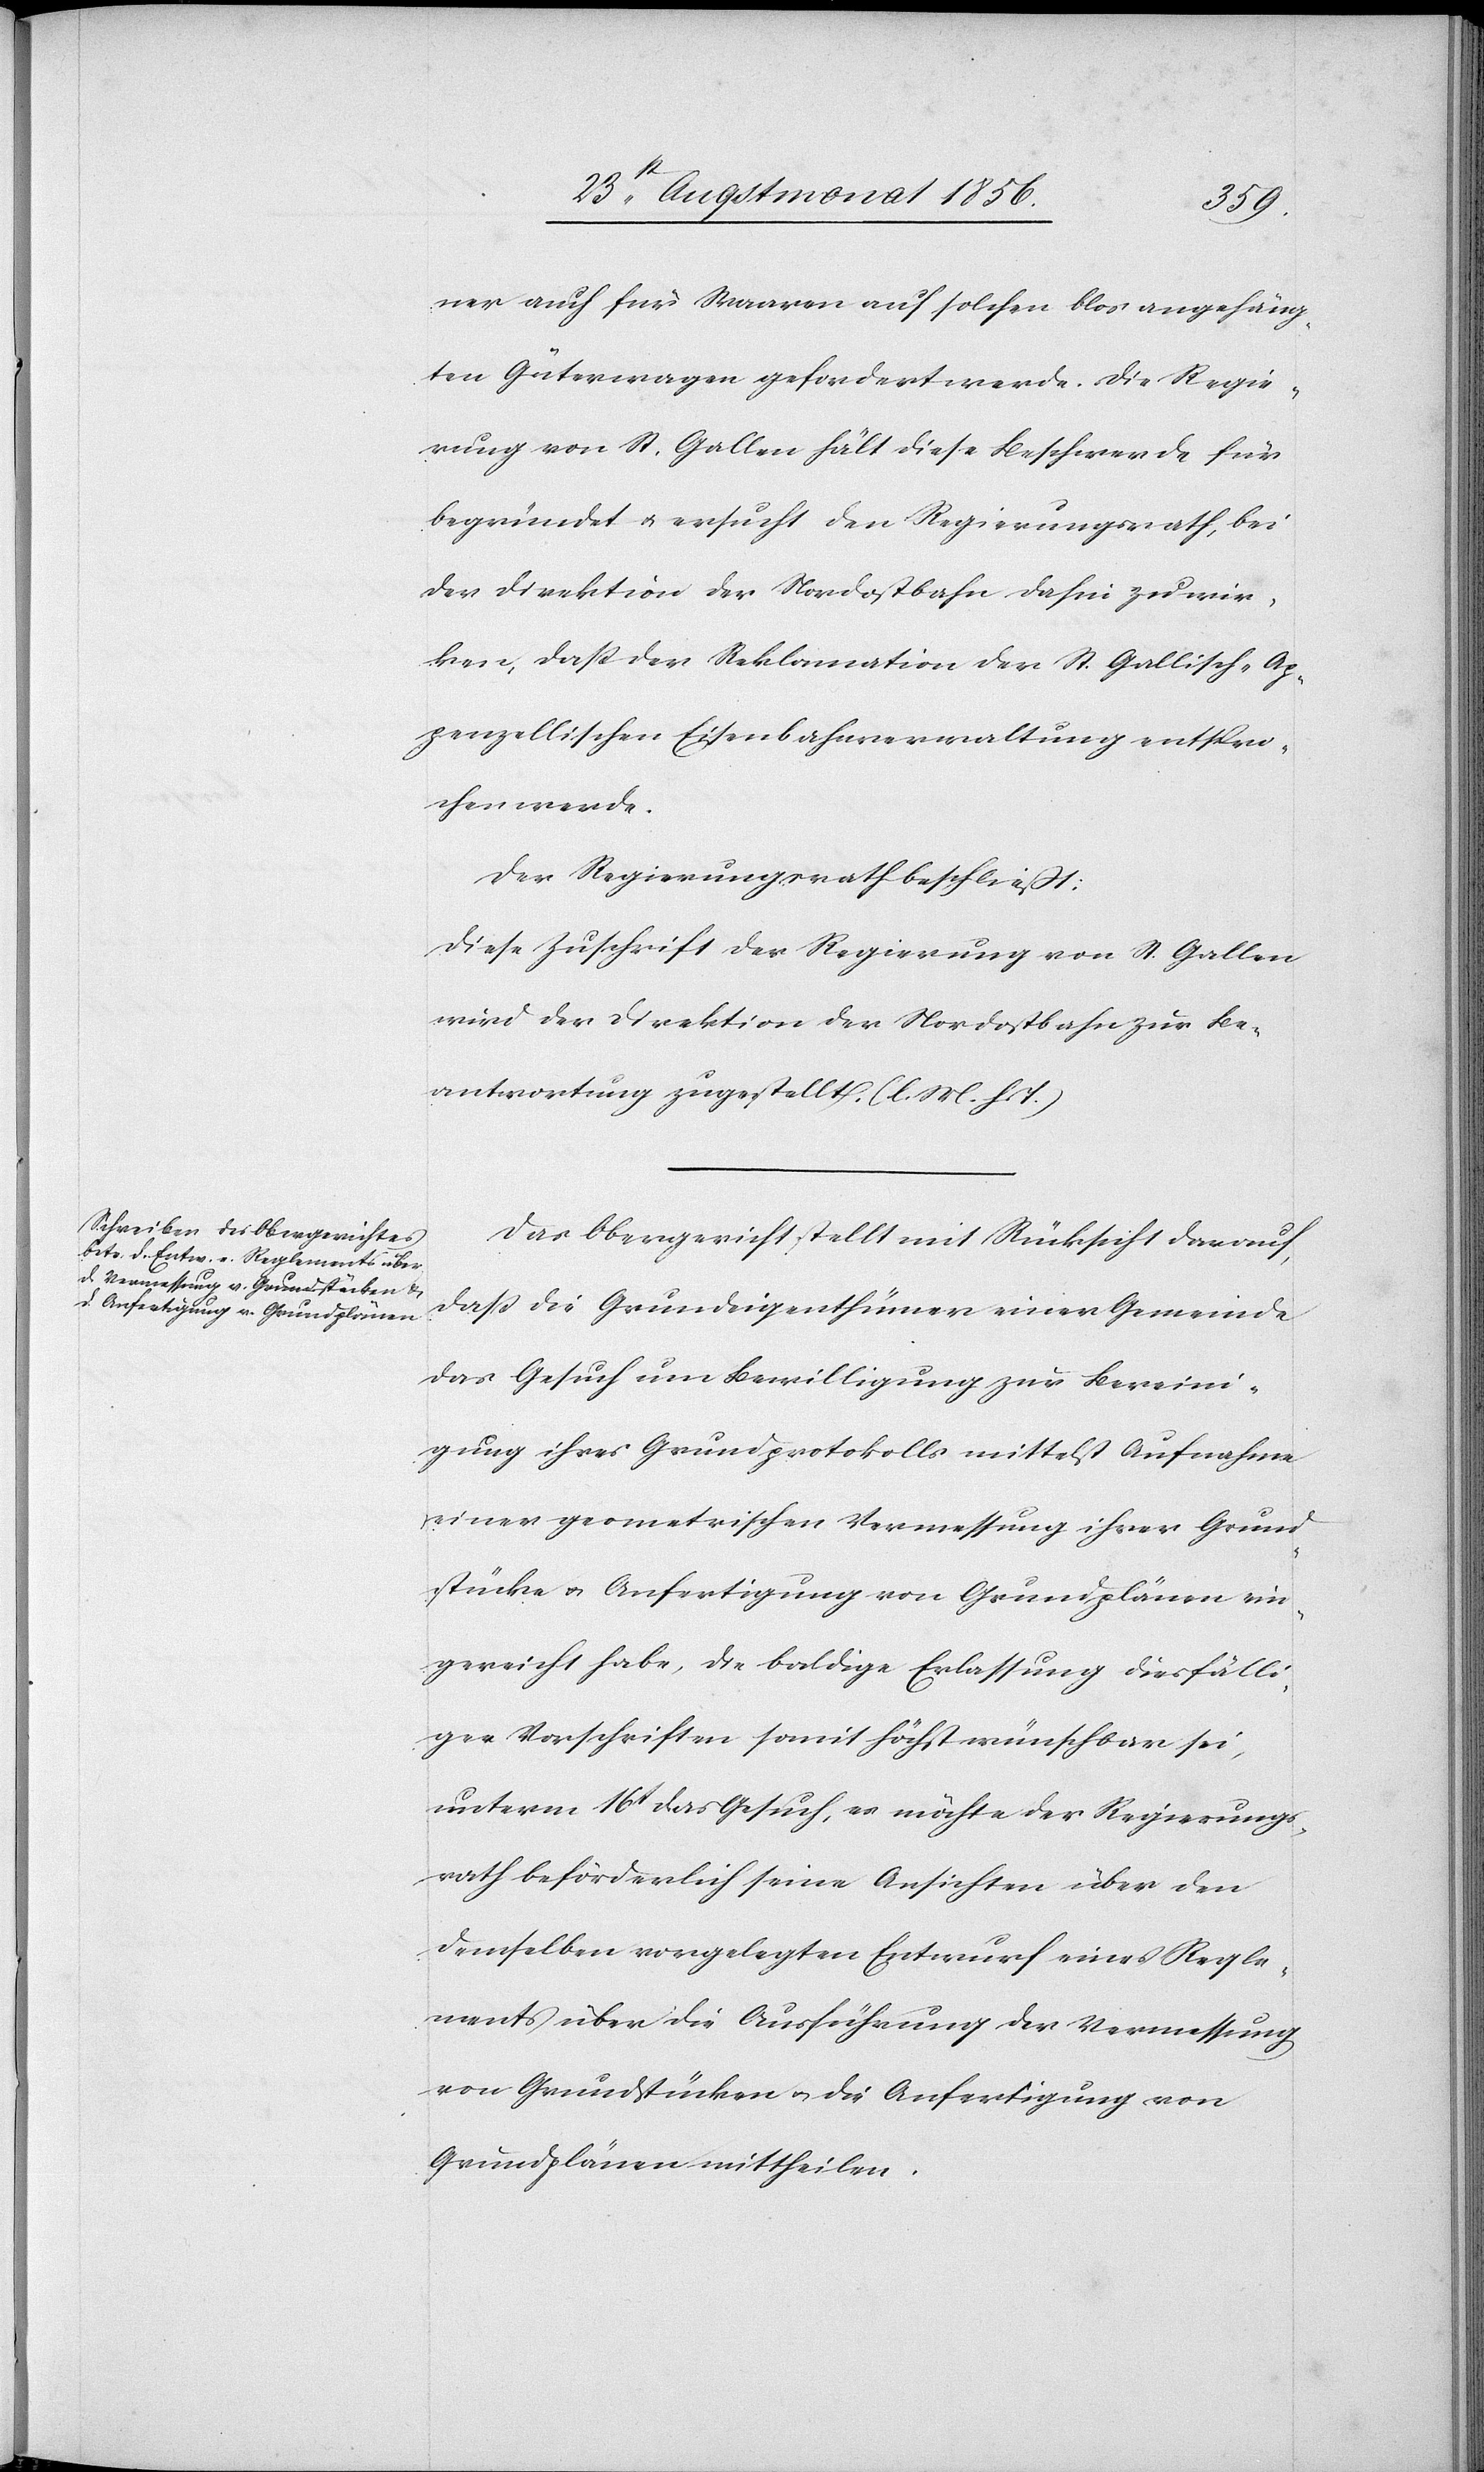
ner auch für Waaren auf solchen blos angehäng¬
ten Güterwagen gefordert werde. Die Regie¬
rung von St. Gallen hält diese Beschwerde für
begründet u. ersucht den Regierungsrath, bei
der Direktion der Nordostbahn dahin zu wir¬
ken, dass der Reklamation der St. Gallisch-Ap¬
penzellischen Eisenbahnverwaltung entspro¬
chen werde.
Der Regierungsrath beschließt:
Diese Zuschrift der Regierung von St. Gallen
wird der Direktion der Nordostbahn zur Be¬
antwortung zugestellt. (l. M. h. T.)
Das Obergericht stellt mit Rücksicht darauf,
dass die Grundeigenthümer einer Gemeinde
das Gesuch um Bewilligung zur Bereini¬
gung ihres Grundprotokolls mittelst Aufnahme
einer geometrischen Vermessung ihrer Grund¬
stücke u. Anfertigung von Grundplänen ein¬
gereicht habe [sic!], die baldige Erlassung diesfälli¬
ger Vorschriften somit höchst wünschbar sei,
unterm 16t das Gesuch, es möchte der Regierungs¬
rath beförderlich seine Ansichten über den
demselben vorgelegten Entwurf eines Regle¬
ments über die Ausführung der Vermessung
von Grundstücken u. die Anfertigung von
Grundplänen mittheilen.